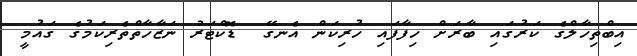
އިބްތިހާލްގެ ކަރުގައި ބާރަށް ހިފާފައި ހުރިކަން އެނގޭ  ޑޮކްޓަރު ނަޒާހާތްތެރިކަމުގެ ގައުމީ